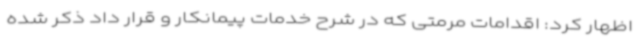
اظهار کرد: اقدامات مرمتی که در شرح خدمات پیمانکار و قرار داد ذکر شده